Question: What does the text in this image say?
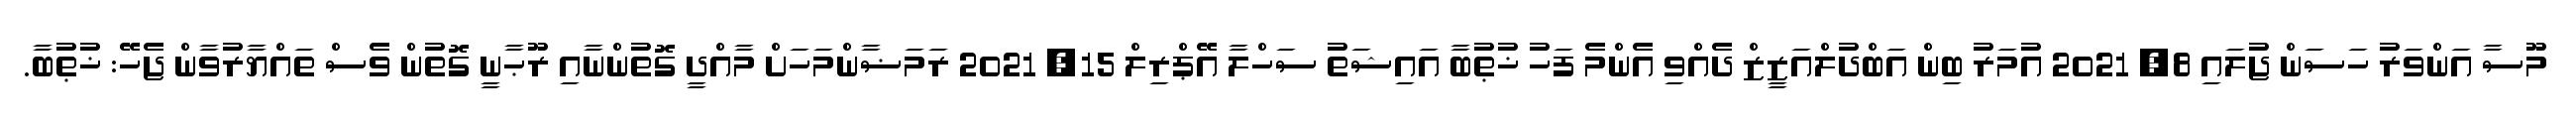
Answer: މޫސާ އަންވަރު ހަސަން ޖުލައި 8, 2021 އުމަރު ބިން އަބްދުލްއަޒީޒް ދެއްވި އެންމެ ފަހު ޚުޠުބާ އައިޝަތު ސަހްލާ އޭޕްރިލް 15, 2021 ރަމަޟާންމަހަށް މާއްދީ ގޮތުންނާއި ރޫޙާނީ ގޮތުން ވެސް ތައްޔާރުވާން ޖެހޭ: ޚުޠުބާ.